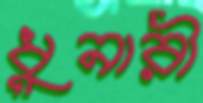
ধুনারী